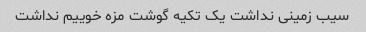
سیب زمینی نداشت یک تکیه گوشت مزه خوییم نداشت